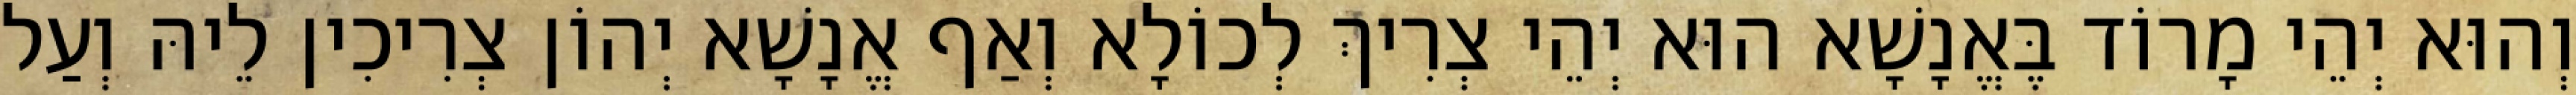
וְהוּא יְהֵי מָרוֹד בֶּאֱנָשָׁא הוּא יְהֵי צְרִיךְ לְכוֹלָא וְאַף אֱנָשָׁא יְהוֹן צְרִיכִין לֵיהּ וְעַל